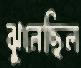
ঝুলেছিল